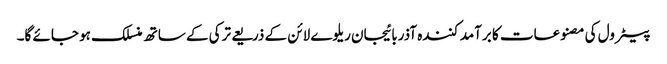
پیٹرول کی مصنوعات کا برآمد کنندہ آذربائیجان ریلوے لائن کے ذریعے ترکی کے ساتھ منسلک ہو جائے گا۔